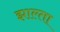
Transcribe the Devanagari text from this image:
झाल्ता